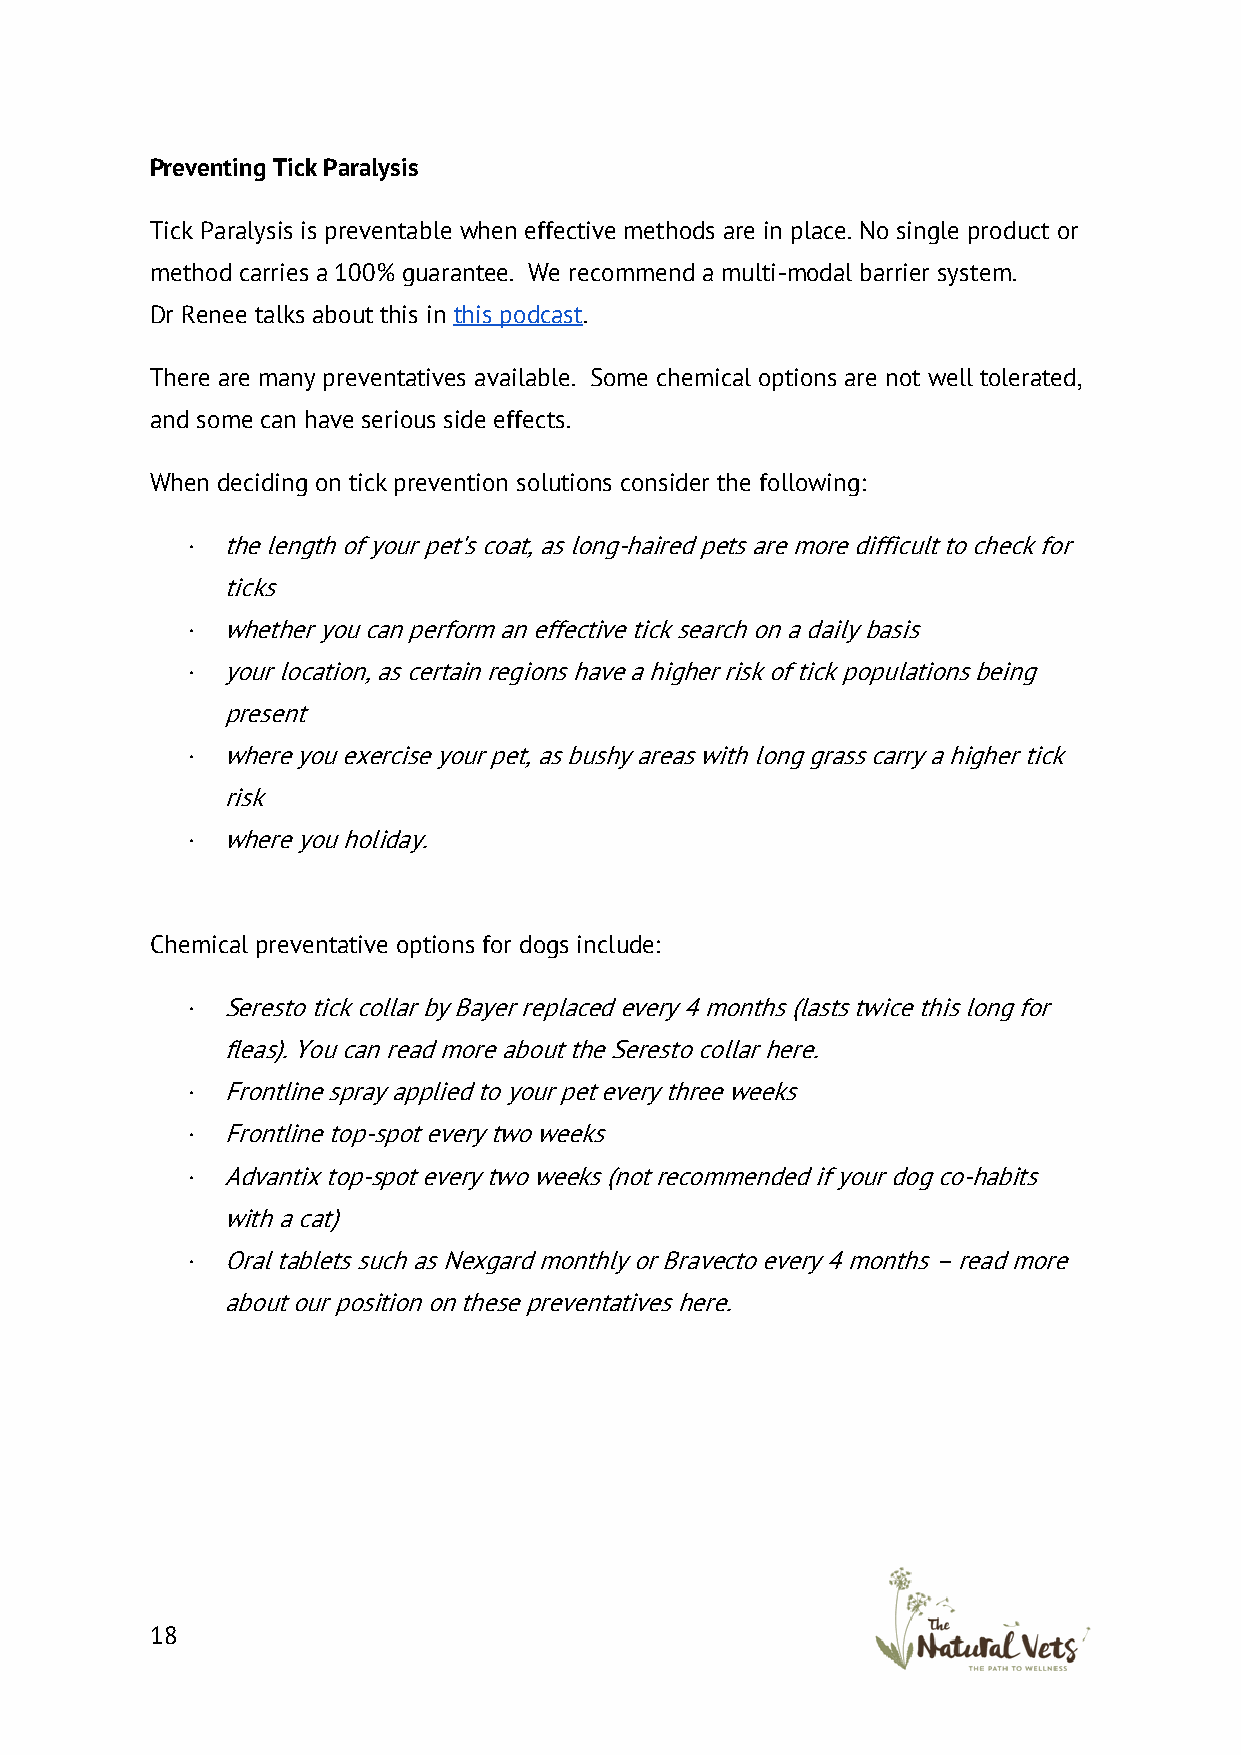
Preventing Tick Paralysis
 Tick Paralysis is preventable when effective methods are in place. No single product or
 method carries a 100% guarantee. We recommend a multi-modal barrier system.
 Dr Renee talks about this in this podcast.
 There are many preventatives available. Some chemical options are not well tolerated,
 and some can have serious side effects.
 When deciding on tick prevention solutions consider the following:
 ·  the length of your pet's coat, as long-haired pets are more difficult to check for
 ticks
 ·  whether you can perform an effective tick search on a daily basis
 ·  your location, as certain regions have a higher risk of tick populations being
 present
 ·  where you exercise your pet, as bushy areas with long grass carry a higher tick
 risk
 ·  where you holiday.
 Chemical preventative options for dogs include:
 ·  Seresto tick collar by Bayer replaced every 4 months (lasts twice this long for
 fleas). You can read more about the Seresto collar here.
 ·  Frontline spray applied to your pet every three weeks
 ·  Frontline top-spot every two weeks
 ·  Advantix top-spot every two weeks (not recommended if your dog co-habits
 with a cat)
 ·  Oral tablets such as Nexgard monthly or Bravecto every 4 months – read more
 about our position on these preventatives here.
 18